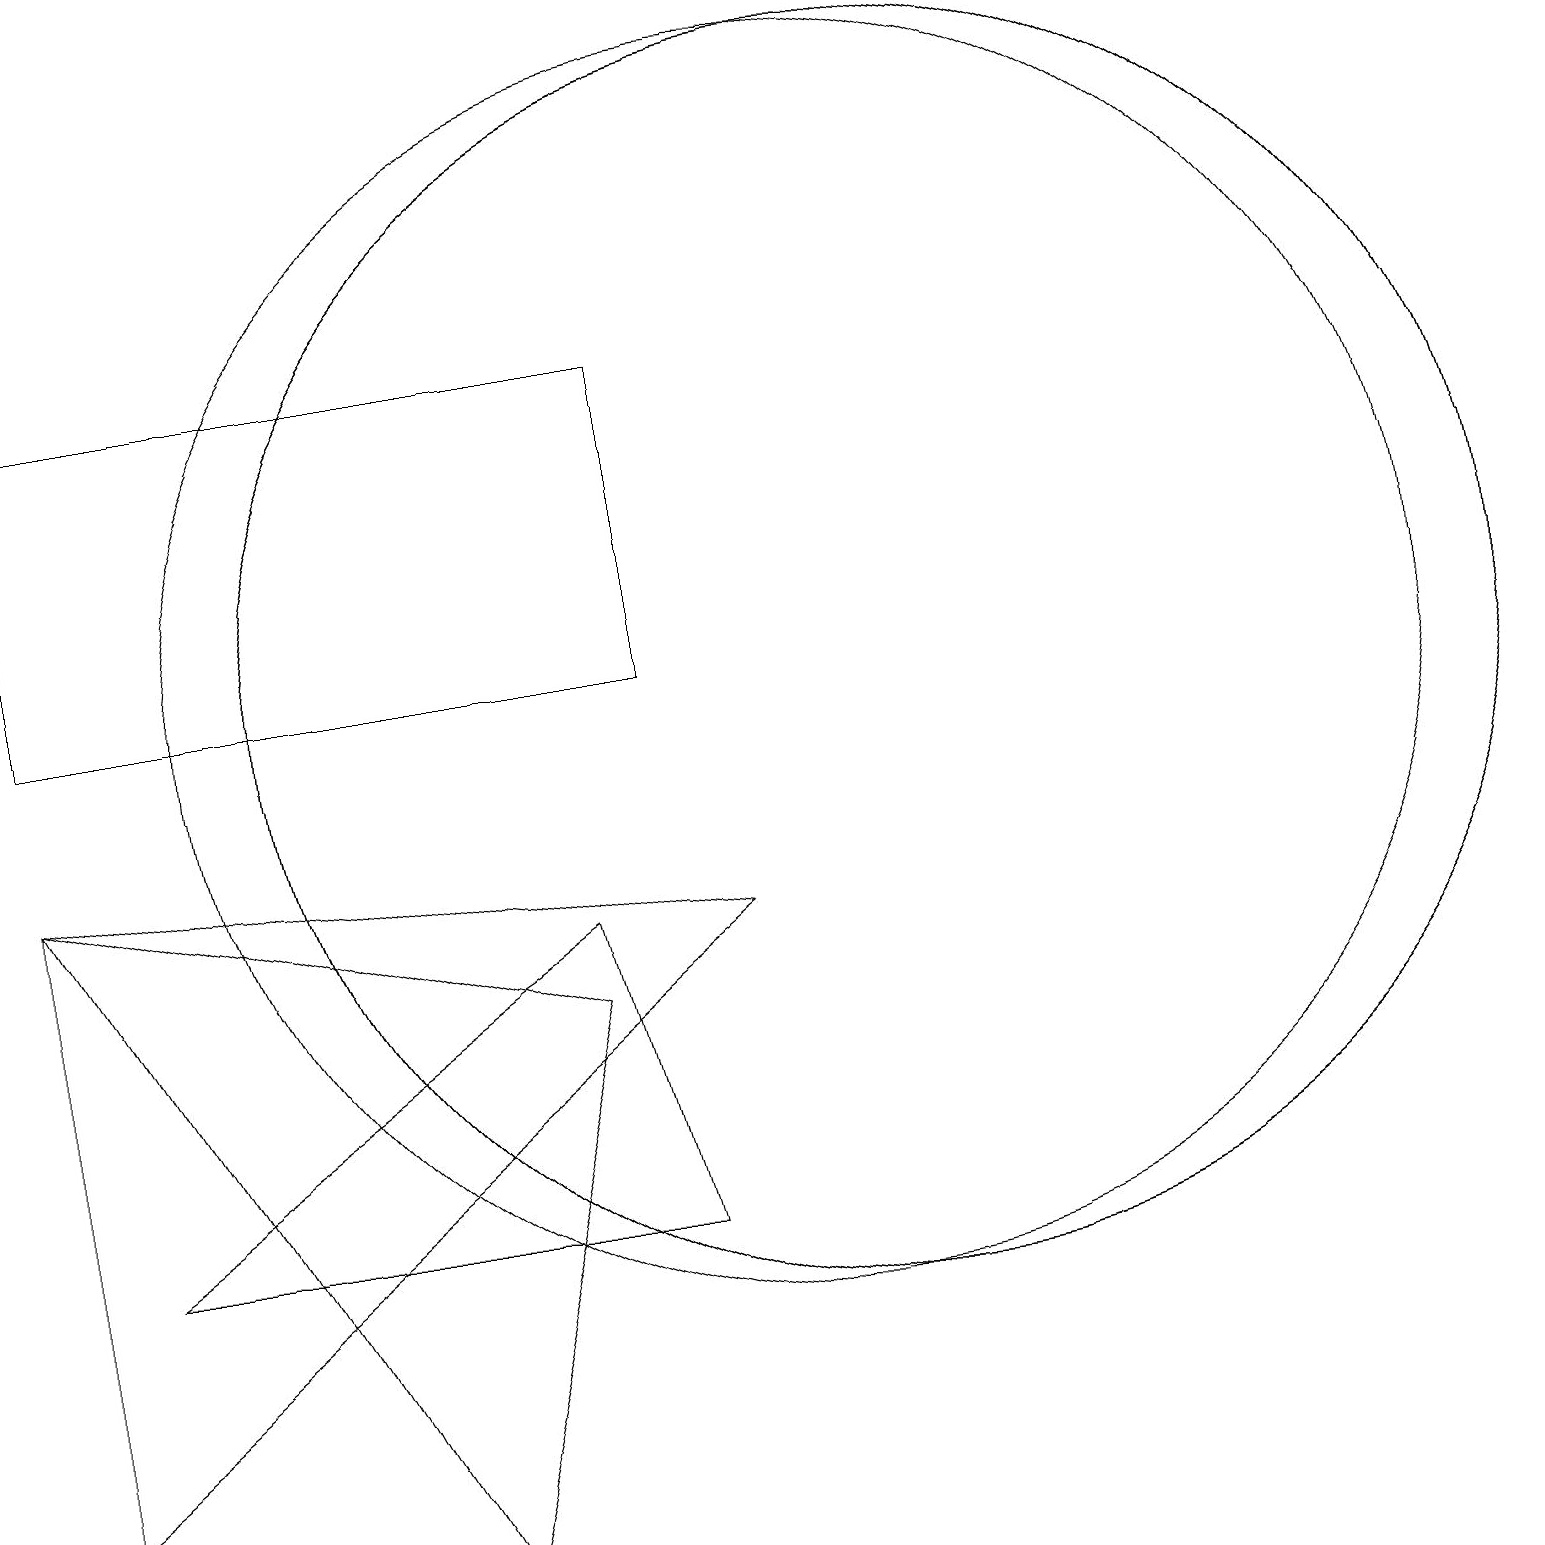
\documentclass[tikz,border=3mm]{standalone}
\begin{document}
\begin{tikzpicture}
\draw (11,11) circle (8);
\draw (11,11) circle (8);
\draw (0,9) -- (5,0) -- (7,7) -- cycle;
\draw (0,15) rectangle (8,11);
\draw (7,8) -- (8,4) -- (1,4) -- cycle;
\draw (10,11) circle (8);
\draw (0,9) -- (9,8) -- (0,1) -- cycle;
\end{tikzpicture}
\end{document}